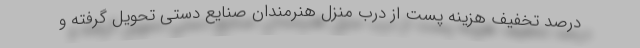
درصد تخفیف هزینه پست از درب منزل هنرمندان صنایع دستی تحویل گرفته و